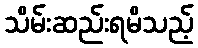
သိမ်းဆည်းရမိသည့်